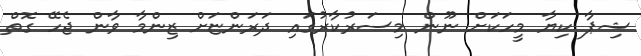
ޝިޕާ ކިޔާ މީހަކަށް ނޫން މިސަރުކާރުގައި ދަރަންޏަށް ޒިންމާ ވާން ޖެހޭ ގޮތް